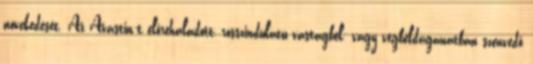
növekedését. Az Avastin-t előrehaladott, rosszindulatú vastagbél- vagy végbéldaganatban szenvedő